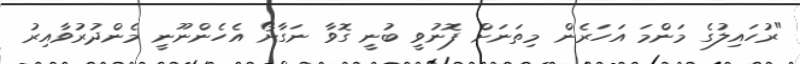
"ރުހައިލުގެ މަންމަ އަހަރެން މިތަނަށް ފޮނުވީ ބުނީ ގޮވާ ނަގާށޯ އެހެންނޫނީ މެންދުރުވާއިރު